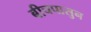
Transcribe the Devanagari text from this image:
बीचपासुन